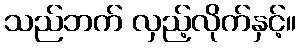
သည်ဘက် လှည့်လိုက်နှင့်။